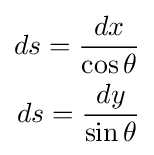
{\begin{aligned}ds={\frac {dx}{\cos \theta }}\\ds={\frac {dy}{\sin \theta }}\end{aligned}}